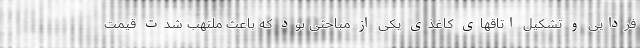
فردایی و تشکیل اتاقهای کاغذی یکی از مباحثی بود که باعث ملتهب شدت قیمت